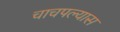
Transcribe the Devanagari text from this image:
चाचपल्यास